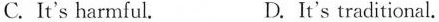
C. It's harmful. D. It's traditional.